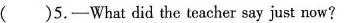
( )5.-What did the teacher say just now?